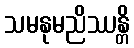
သမနုမညိဿန္တိ